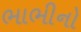
ભાભીનો